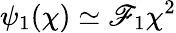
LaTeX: \psi_{1}(\chi)\simeq\mathscr{F}_{1}\chi^{2}